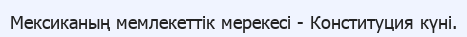
Мексиканың мемлекеттік мерекесі - Конституция күні.